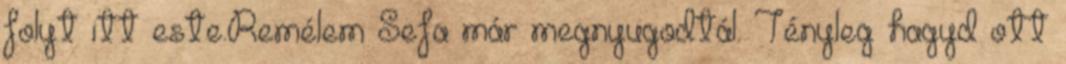
folyt itt este.Remélem Sefa már megnyugodtál. Tényleg hagyd ott